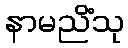
နာမညိံသု